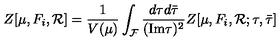
Z [ \mu , F _ { i } , { \cal R } ] = \frac { 1 } { V ( \mu ) } \int _ { \cal F } \frac { d \tau d { \bar { \tau } } } { ( \mathrm { I m } \tau ) ^ { 2 } } Z [ \mu , F _ { i } , { \cal R } ; \tau , { \bar { \tau } } ]